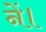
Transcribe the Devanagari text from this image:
नें।